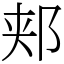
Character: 郏